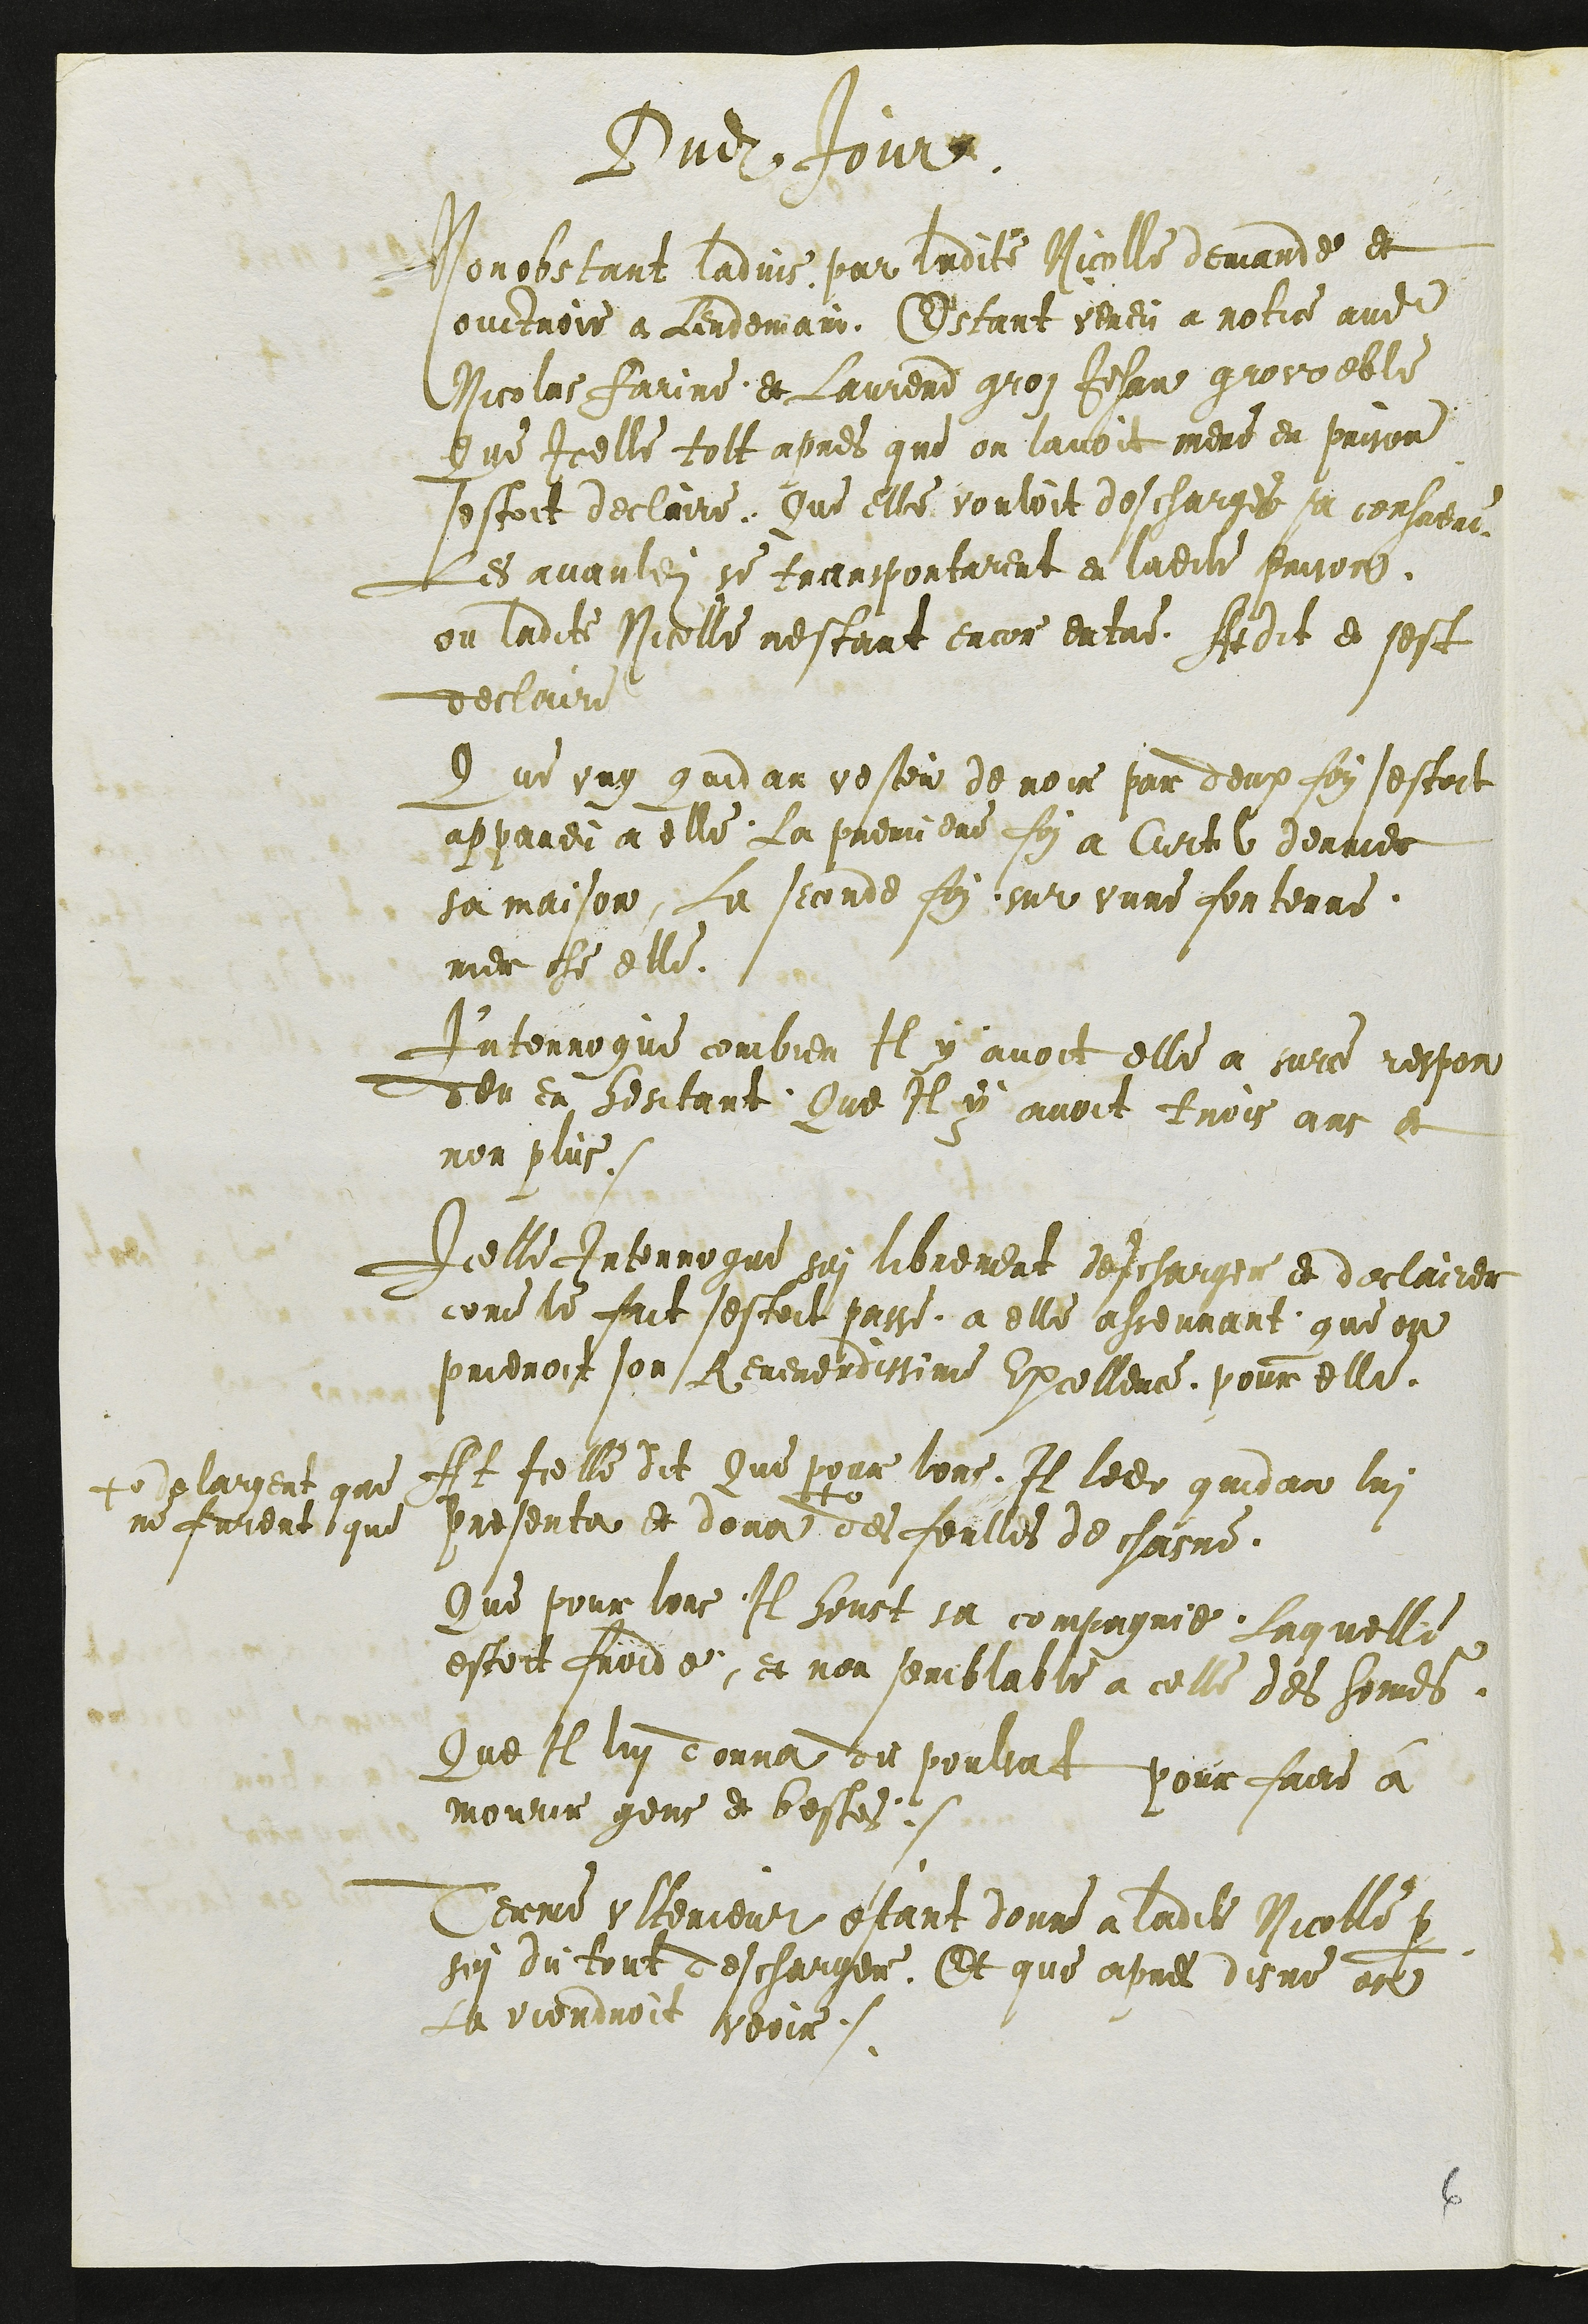
Dudit Jour
Nonobstant ladvis par ladite Nicolle demande et
ouctroie a Lendemain. Estant veneu a notice audit
Nicolas Farine et Laurend groz Jehan grovoeble
Que Icelle tolt apres que on lavoit mene en prison
sestoit declaire, Que elle vouloit descharges sa conscience
Les avanldits se transportarent en ladite prison,
ou ladite Nicolle nestant encor entre, At dit et sest
declaire
Que ung quidam vesteu de noir par deux foy sestoit
appareu a elle, La premiere foi a Curtil derrier
sa maison, La seconde foy, sur unne fontenne,
riere che elle.
Interrogue combien Il y avoit elle a surce respon
deu en hesitant, Que Il y avoit trois ans et
non plus.
Icelle Interrogue soi librement descharger et declairer
come le fait sestoit passe, a elle asseurant, que on
prieroit son Reverendissime Excellence, pour elle.
At icelle dit Que pour lors, Il ledit quidam lui
presenta et dona
+
+ de largent que
ne furent que
des feulles de chasne.
Que pour lors Il heust sa compagnie Laquelle
estoit froide, et non semblable a celle des homes.
Que Il lui donna du poulsat pour faire a
mourir gens et bestes.
Terme ulterieur estant donne a ladite Nicolle pour
soi du tout descharger. Et que apres disne on
La viendroit veoir.